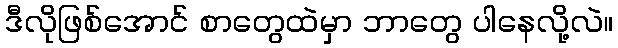
ဒီလိုဖြစ်အောင် စာတွေထဲမှာ ဘာတွေ ပါနေလို့လဲ။